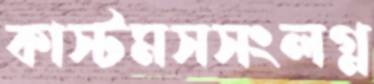
কাস্টমসসংলগ্ন